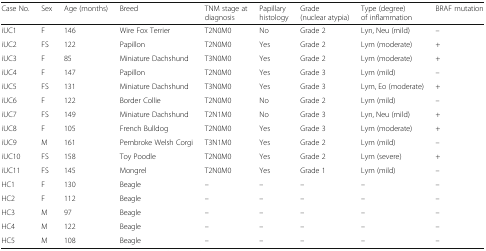
<table><thead><tr><td><b>Case No.</b></td><td><b>Sex</b></td><td><b>Age (months)</b></td><td><b>Breed</b></td><td><b>TNM stage at diagnosis</b></td><td><b>Papillary histology</b></td><td><b>Grade (nuclear atypia)</b></td><td><b>Type (degree) of inflammation</b></td><td><b>BRAF mutation</b></td></tr></thead><tbody><tr><td>iUC1</td><td>F</td><td>146</td><td>Wire Fox Terrier</td><td>T2N0M0</td><td>No</td><td>Grade 2</td><td>Lyn, Neu (mild)</td><td>–</td></tr><tr><td>iUC2</td><td>FS</td><td>122</td><td>Papillon</td><td>T2N0M0</td><td>Yes</td><td>Grade 2</td><td>Lym (moderate)</td><td>+</td></tr><tr><td>iUC3</td><td>F</td><td>85</td><td>Miniature Dachshund</td><td>T3N0M0</td><td>Yes</td><td>Grade 2</td><td>Lym (moderate)</td><td>+</td></tr><tr><td>iUC4</td><td>F</td><td>147</td><td>Papillon</td><td>T2N0M0</td><td>Yes</td><td>Grade 3</td><td>Lym (mild)</td><td>–</td></tr><tr><td>iUC5</td><td>FS</td><td>131</td><td>Miniature Dachshund</td><td>T3N0M0</td><td>Yes</td><td>Grade 3</td><td>Lym, Eo (moderate)</td><td>+</td></tr><tr><td>iUC6</td><td>F</td><td>122</td><td>Border Collie</td><td>T2N0M0</td><td>No</td><td>Grade 2</td><td>Lym (mild)</td><td>–</td></tr><tr><td>iUC7</td><td>FS</td><td>149</td><td>Miniature Dachshund</td><td>T2N1M0</td><td>No</td><td>Grade 3</td><td>Lyn, Neu (mild)</td><td>+</td></tr><tr><td>iUC8</td><td>F</td><td>105</td><td>French Bulldog</td><td>T2N0M0</td><td>Yes</td><td>Grade 3</td><td>Lym (moderate)</td><td>+</td></tr><tr><td>iUC9</td><td>M</td><td>161</td><td>Pembroke Welsh Corgi</td><td>T3N1M0</td><td>Yes</td><td>Grade 2</td><td>Lym (mild)</td><td>–</td></tr><tr><td>iUC10</td><td>FS</td><td>158</td><td>Toy Poodle</td><td>T2N0M0</td><td>Yes</td><td>Grade 2</td><td>Lym (severe)</td><td>+</td></tr><tr><td>iUC11</td><td>FS</td><td>145</td><td>Mongrel</td><td>T2N0M0</td><td>Yes</td><td>Grade 1</td><td>Lym (mild)</td><td>–</td></tr><tr><td>HC1</td><td>F</td><td>130</td><td>Beagle</td><td>–</td><td>–</td><td>–</td><td>–</td><td>–</td></tr><tr><td>HC2</td><td>F</td><td>112</td><td>Beagle</td><td>–</td><td>–</td><td>–</td><td>–</td><td>–</td></tr><tr><td>HC3</td><td>M</td><td>97</td><td>Beagle</td><td>–</td><td>–</td><td>–</td><td>–</td><td>–</td></tr><tr><td>HC4</td><td>M</td><td>122</td><td>Beagle</td><td>–</td><td>–</td><td>–</td><td>–</td><td>–</td></tr><tr><td>HC5</td><td>M</td><td>108</td><td>Beagle</td><td>–</td><td>–</td><td>–</td><td>–</td><td>–</td></tr></tbody></table>